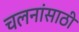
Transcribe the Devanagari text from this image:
चलनांसाठी